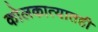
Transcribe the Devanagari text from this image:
कोलकात्यातही